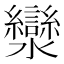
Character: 灓